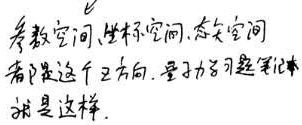
参考空间、坐标空间、态矢空间都是这个方向。量子力学习题笔记就是这样。